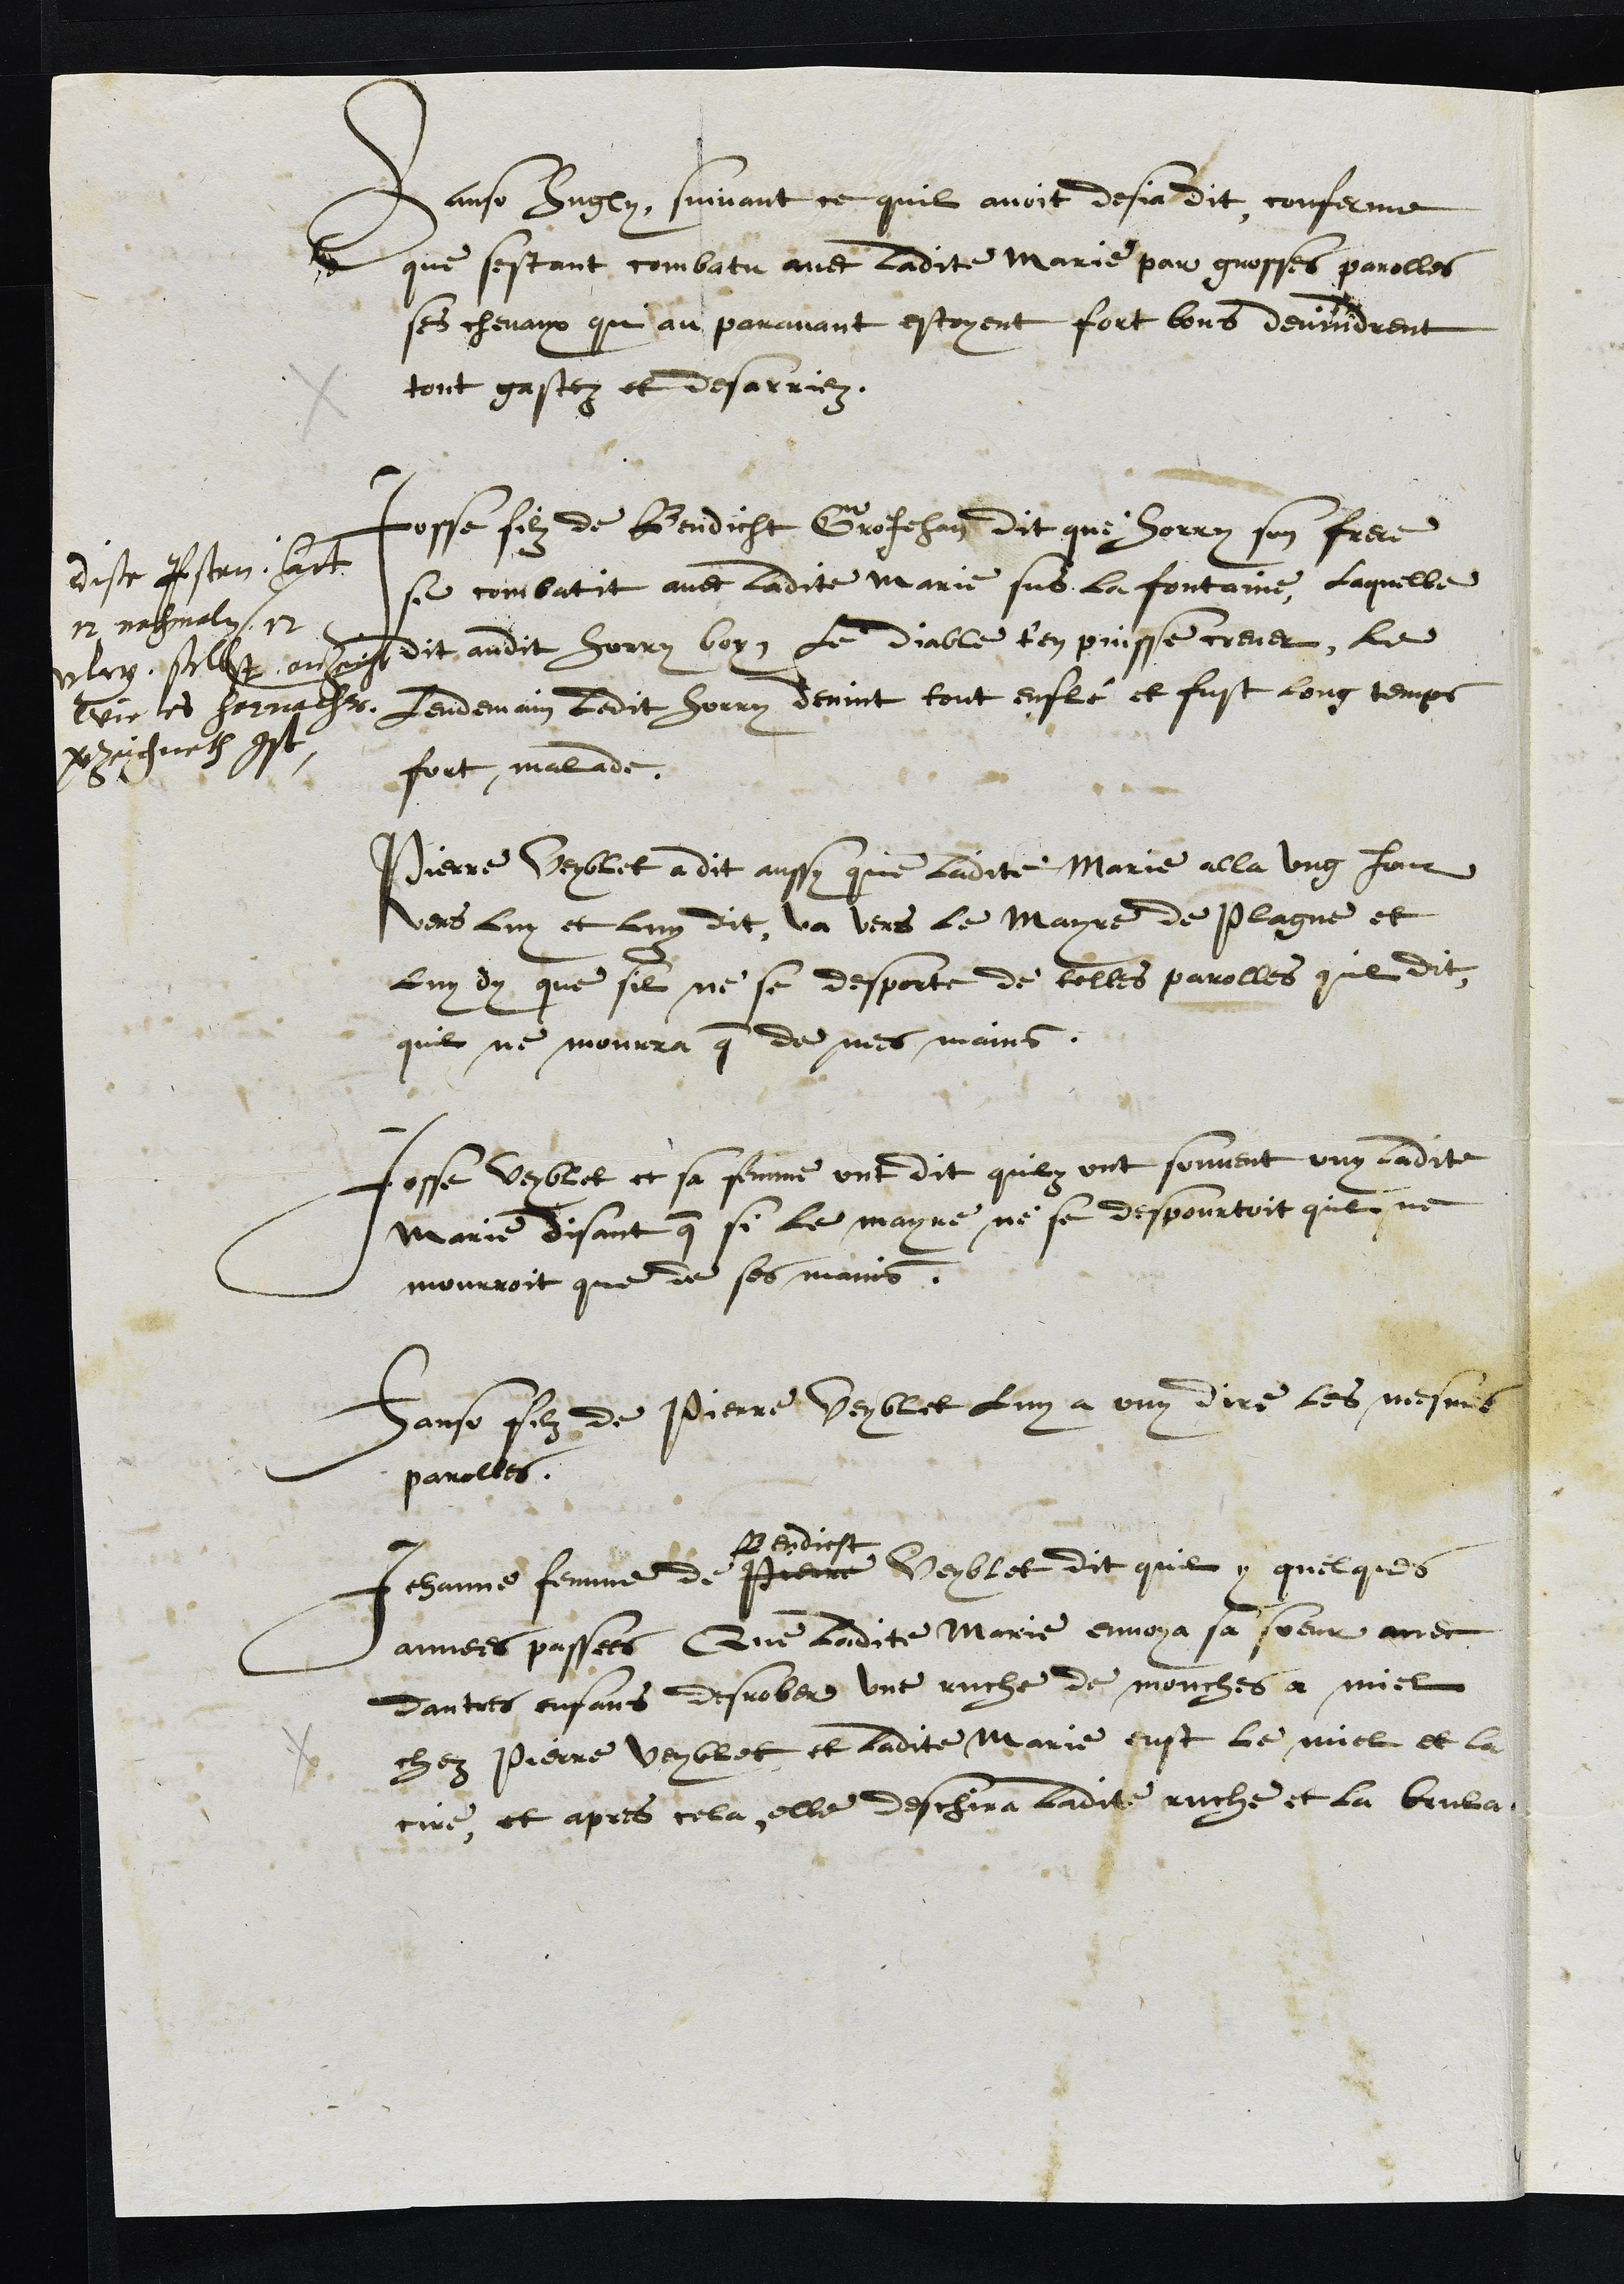
Hanso Hugly, suivant ce quil avoit desja dit, conferme
que sestant combatu avec ladite Marie par grosses parolles
ses chevaux qui au paravant estoyent fort bons devindrent
tout gastez et desarriez.
Josse filz de Bendicht Grojehan dit que Horry son frere
se combattit avec ladite Marie sus la fontaine, laquelle
dit audit Horry voy, le diable t'en puisse crever, le
Lendemain ledit Ferry devint tout enflé et fust long temps
fort malade.
dise Jossen hatt
12 nachmalen 12
clag selbst anzeigt
wie es hernacher
verzeichnet ist
Pierre Veyblet a dit aussy que ladite Marie alla ung Jour
vers luy et luy dit, va vers le Mayre de Plagne et
luy dy que sil ne se desporte de telles parolles quil dit,
quil ne mourra que de mes mains.
Josse Veyblet et sa femme ont dit quilz ont souvent ouy ladite
Marie disant que si le mayre ne se despourtoit quil ne
mourroit que de ses mains.
Hanso filz de Pierre Veyblet luy a ouy dire les mesmes
parolles.
Jehanne femme de Pierre
Bendicht
Veyblet dit quil y quelques
annees passees Que ladite Marie envoya sa soeur avec
dautres enfans desrober une ruche de mouches a miel
chez Pierre Veyblet et ladite Marie eust le miel et la
cire, et apres cela, elle deschira ladite auche et la brula.
4